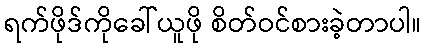
ရက်ဖိုဒ်ကိုခေါ်ယူဖို စိတ်ဝင်စားခဲ့တာပါ။